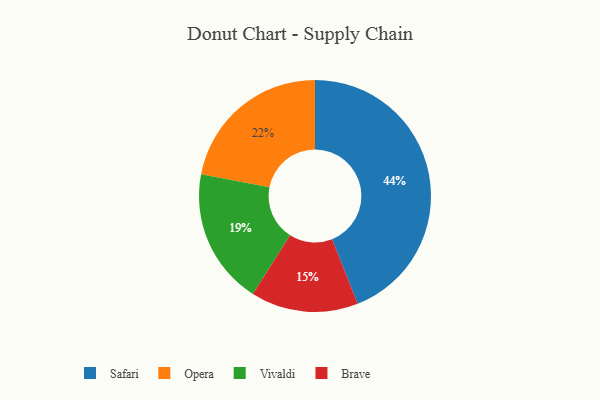
{"axis": {"x": "Category", "y": "Percentage"}, "legend": ["Brave", "Opera", "Safari", "Vivaldi"], "data": [{"x": "Brave", "y": 15, "type": "Brave"}, {"x": "Opera", "y": 22, "type": "Opera"}, {"x": "Safari", "y": 44, "type": "Safari"}, {"x": "Vivaldi", "y": 19, "type": "Vivaldi"}]}